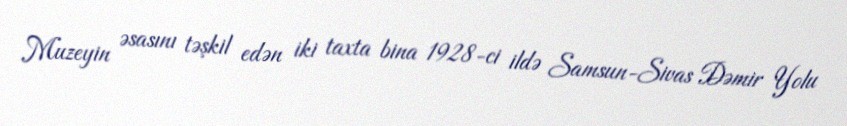
Muzeyin əsasını təşkil edən iki taxta bina 1928-ci ildə Samsun-Sivas Dəmir Yolu